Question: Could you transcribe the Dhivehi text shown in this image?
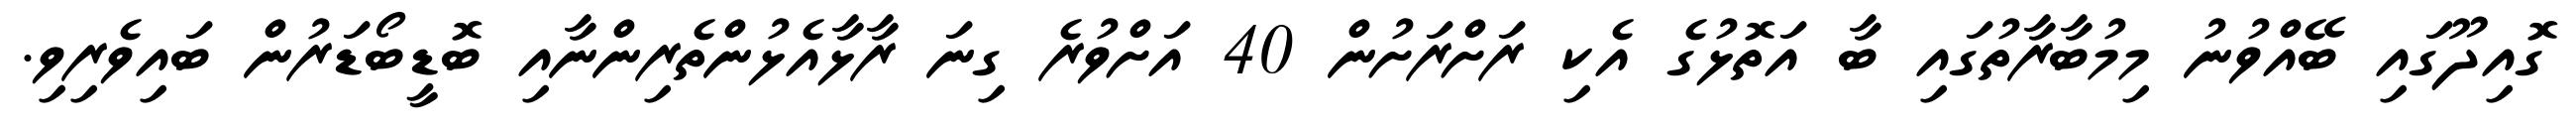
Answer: ގޮއިދޫގައި ބޭއްވުނު މިމުބާރާތުގައި ބާ އަތޮޅުގެ އެކި ރަށްރަށުން 40 އަށްވުރެ ގިނަ ރާޅާއެޅުންތެރިންނާއި ބޮޑީބޯޑަރުން ބައިވެރިވި.